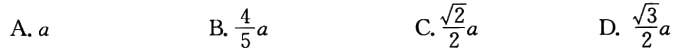
A. \(a\)

B. \(\frac{4}{5}a\)

C. \(\frac{\sqrt{2}}{2}a\)

D. \(\frac{\sqrt{3}}{2}a\)